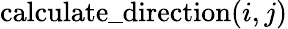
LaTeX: \mathrm{calculate\_ direction}(i,j)